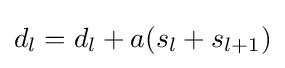
d_{l}=d_{l}+a(s_{l}+s_{l+1})